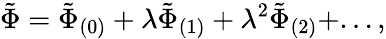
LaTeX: \tilde{\Phi}=\tilde{\Phi}_{(0)}+\lambda\tilde{\Phi}_{(1)}+\lambda^{2}\tilde{\Phi}_{(2)}+...,